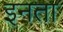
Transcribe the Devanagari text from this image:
इनता